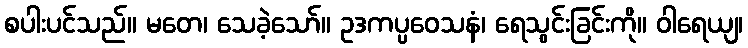
စပါးပင်သည်။ မတေ၊ သေခဲ့သော်။ ဥဒကပ္ပဝေသနံ၊ ရေသွင်းခြင်းကို။ ဝါရေယျ၊